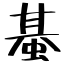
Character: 蜝